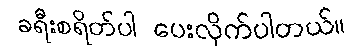
ခရီးစရိတ်ပါ ပေးလိုက်ပါတယ်။